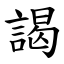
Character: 謁